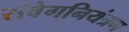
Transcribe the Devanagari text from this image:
संवेगनियंत्रण